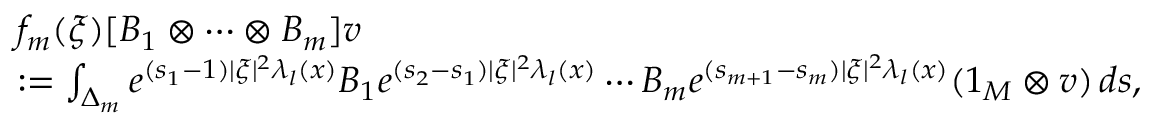
\begin{array} { r l } & { f _ { m } ( \xi ) [ B _ { 1 } \otimes \cdots \otimes B _ { m } ] v } \\ & { : = \int _ { \Delta _ { m } } e ^ { ( s _ { 1 } - 1 ) | \xi | ^ { 2 } \lambda _ { l } ( x ) } B _ { 1 } e ^ { ( s _ { 2 } - s _ { 1 } ) | \xi | ^ { 2 } \lambda _ { l } ( x ) } \cdots B _ { m } e ^ { ( s _ { m + 1 } - s _ { m } ) | \xi | ^ { 2 } \lambda _ { l } ( x ) } ( 1 _ { M } \otimes v ) \, d s , } \end{array}